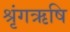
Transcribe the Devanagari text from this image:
श्रृंगऋषि